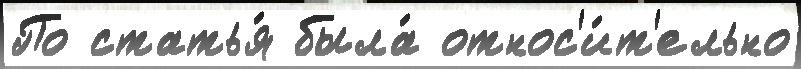
По статья́ была́ относ'и́т'ельно